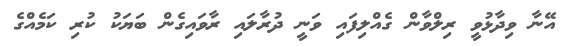
އޭނާ ވިދާޅުވީ ރިލްވާން ގެއްލިފައި ވަނީ ދުރާލައި ރާވައިގެން ބަޔަކު ކުރި ކަމެއްގެ